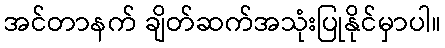
အင်တာနက် ချိတ်ဆက်အသုံးပြုနိုင်မှာပါ။